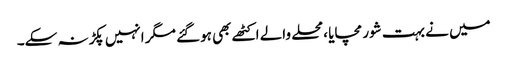
میں نے بہت شور مچایا ،محلے والے اکٹھے بھی ہوگئے مگر انہیں پکڑنہ سکے۔